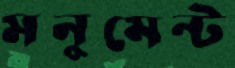
মনুমেন্ট